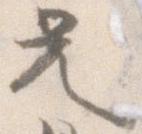
兄